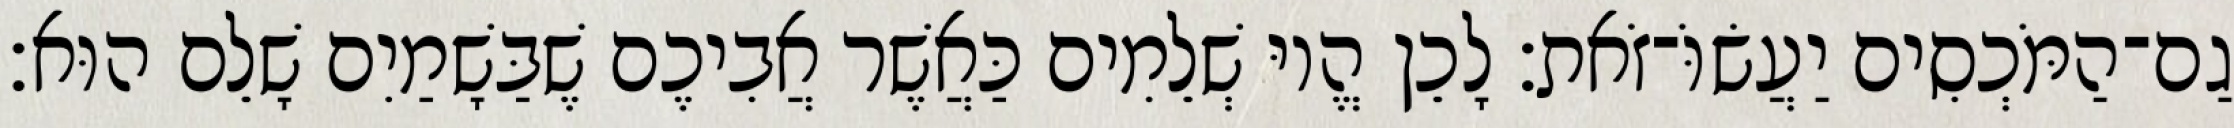
גַם־הַמֹּכְסִים יַעֲשׂוֹּ־זֹאת׃ לָכֵן הֱיוּ שְׁלֵמִים כַּאֲשֶׁר אֲבִיכֶם שֶׁבַּשָׁמַיִם שָׁלֵם הוּא׃